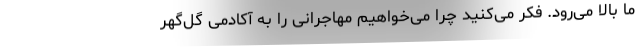
ما بالا می‌رود. فکر می‌کنید چرا می‌خواهیم مهاجرانی را به آکادمی گل‌گهر